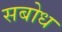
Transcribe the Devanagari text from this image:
सबोध